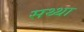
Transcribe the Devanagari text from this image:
सथ्था